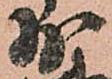
少